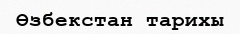
Өзбекстан тарихы